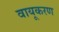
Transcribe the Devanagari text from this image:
वायूकरण